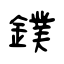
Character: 鏷